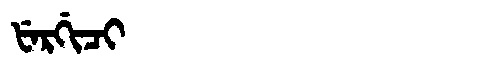
Manchu: ᡶᡝᡵᡤᡳᠴᡳ
Romanization: FERGICI